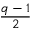
\frac { q - 1 } { 2 }